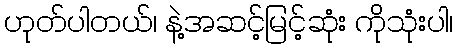
ဟုတ်ပါတယ်၊ နဲ့အဆင့်မြင့်ဆုံး ကိုသုံးပါ၊